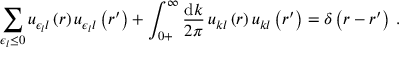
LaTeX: \sum _ { \epsilon _ { l } \leq 0 } u _ { \epsilon _ { l } l } \left( r \right) u _ { \epsilon _ { l } l } \left( r ^ { \prime } \right) + \int _ { 0 + } ^ { \infty } \frac { \mathrm { d } k } { 2 \pi } \, u _ { k l } \left( r \right) u _ { k l } \left( r ^ { \prime } \right) = \delta \left( r - r ^ { \prime } \right) \, .